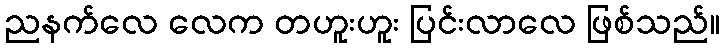
ညနက်လေ လေက တဟူးဟူး ပြင်းလာလေ ဖြစ်သည်။